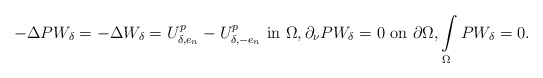
\begin{align*}-\Delta P W_{\delta}=-\Delta W_\delta = U_{\delta,e_n}^p-U_{\delta,-e_n}^p\ \hbox{in}\ \Omega,\partial_\nu P W_{\delta}=0\ \hbox{on}\ \partial\Omega, \int\limits_{\Omega} P W_{\delta}=0.\end{align*}